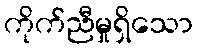
ကိုက်ညီမှုရှိသော